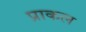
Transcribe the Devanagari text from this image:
प्राकल